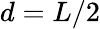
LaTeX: d=L/2